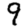
Digit: 9